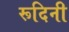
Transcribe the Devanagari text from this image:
रूदिनी